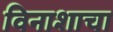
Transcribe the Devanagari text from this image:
विनाशाचा